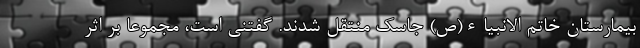
بیمارستان خاتم الانبیاء(ص) جاسک منتقل شدند. گفتنی است، مجموعا بر اثر